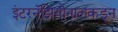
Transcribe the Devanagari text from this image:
इंटरनॅझियोनालकडून